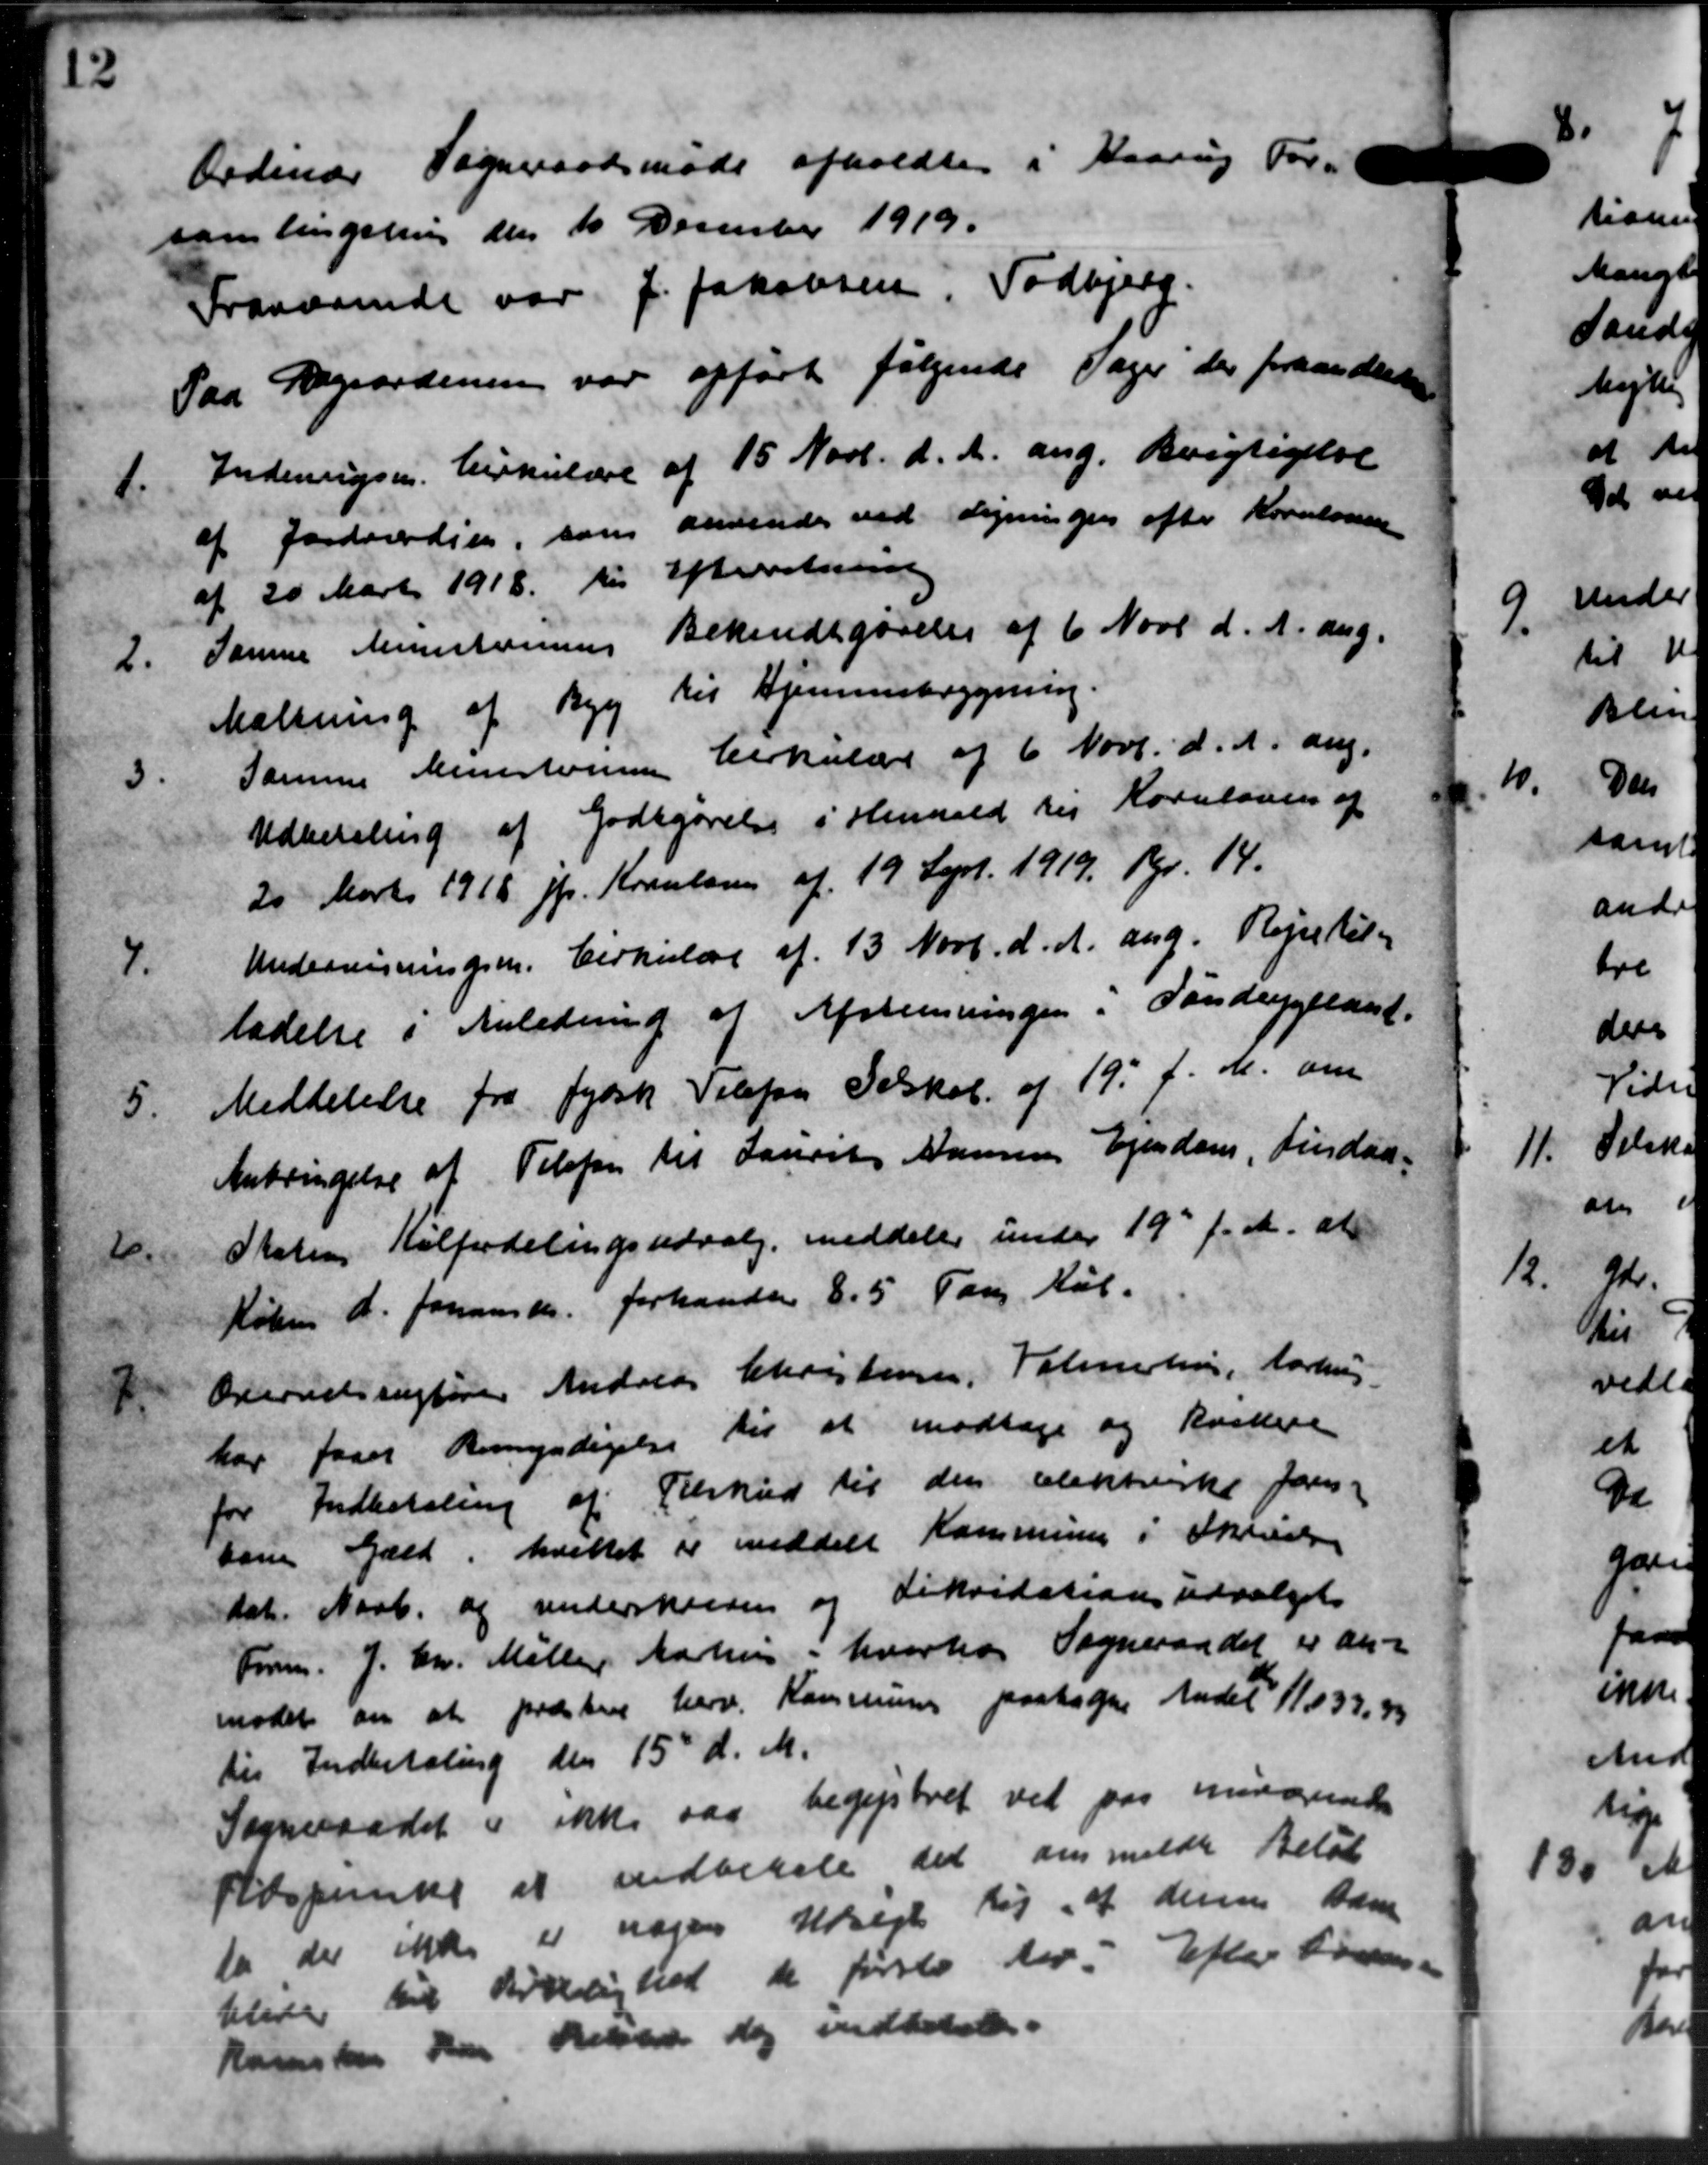
Transskription:
Ordinær Sogneraadsmøde afholdtes i Haarup For
samlingslig den 10 December 1919.
Fraværende var J. Jakobsen, Todbjerg.
Paa Regaardening var opført følgende Sager der fraandlede
1.
Indenrigsm. Cirkulære af 15 Novb. d. A. ang. Berigtigelse
af Jordværdier, som andende ved Ligningen efter Kroalonen
af 20 Marts 1918 til Efterretning
2.
Samme Ministeriums Bekendtgørelse af 6 Novb d. A. ang.
Mælkning af Byg til Hjemmebygning.
3.
Samme Ministeriene Cirkulære af 6 Novb. d. A. ang.
Udbetaling af Godtgørelse i Henhold til Kornloven af
20 Marts 1918 jfr. Kroulsen af 19 Sept. 1919 Kr. 14.
7.
Undervisningsm. Cirkulære af 13 Novb. d. A. ang. Rejse til-
ladelse i Anledning af Afstemningen i Sandsygeland.
5.
Meddelelse fra Jydsk Telefon Selskab af 19' f. M. om
Anbringelse af Telefon til Laurits Hansens Ejendom, Lindaa-
4.
Staten Kalfordelingsudvalg meddeler under 19 f. A. at
Køben d. foransker forhandler 8.5 Ton Kul.
7.
Overretssagfører Andreas Christensen, Valmesten, Aarhus
har faaet Bemyndigelse til at modtage og Kistere
for Indbetaling af Tilskud til den elektriske Jens
som Gæld, hvilket er meddelt Kommunen i Skrivelse
dat. Naab og underskreven og Likvidationsudvalgets
Form. J. Chr. Møller Aarhus i hvorhos Sogneraadet er an-
mødet om at præsten herv. Kommunen paatagne Andel 11033,33
til Indbetaling den 15' d. M.
Sogneraadet i ikke sag begistret ved paa mindsende
Rasperinde at indbetale det anmeldte Beløb
da der ikke er nogen Udsigt til at denne Bane
bliver til Kirkelighed de første der. Efter Fors
Kansker han Helsted dog indbetale.